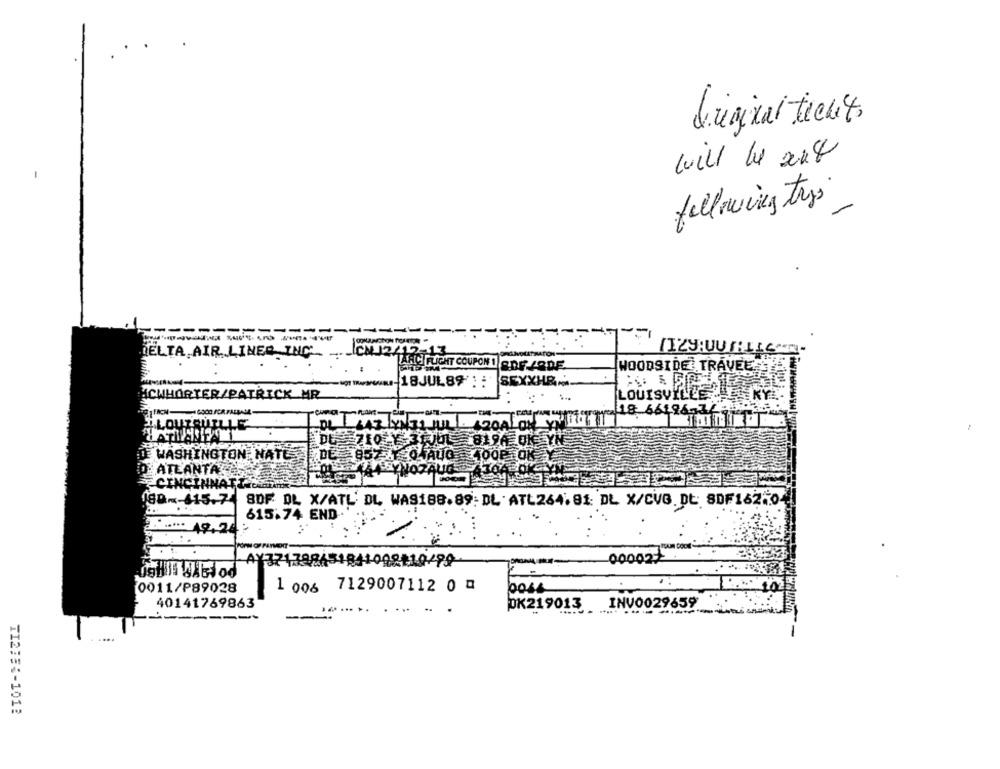
digital techt,
will be ant
following trys
-
DELTA AIR LINES ING'
ICHJ2417
.13
IZY:UUTILL
ARCI FLIGHT COUPON 1 ADE ZODE
WOODSIDE TRAVEL LTE
SEXXHR.
MCWHORTER/PATRICK_MR
LOUISVILLE E
18 66196,3/
ELOUZOUILLE
GOALON YN'!
-
DES ZIOLY
31001 8194 01
DE WASHINGTON NA
D.ATLANTA
ENNIO7AUG
CINCINNATIA
180 -- 615.74
SDF DL X/ATL DL, WAS188.89: DL ATL264. 81 DL X/CVB. Dt SDF162,04
615.74 END
3 ..... 19,24
00002/
AY371788451841008-19/99
0011/P89028
1 006 7129007112 0 0
boss
40141769863
PK219013
INV0029659
---
..
....
TI278 :- 1012